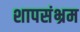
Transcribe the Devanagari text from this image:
शापसंभ्रम